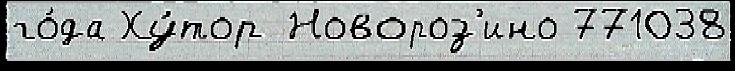
го́да Ху́тор Новороз'ино 771038